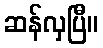
ဆန်လှပြီ။